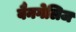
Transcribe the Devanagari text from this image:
वैनगेलिज